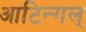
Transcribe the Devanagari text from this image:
आटिन्गल्